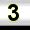
Digit: 3